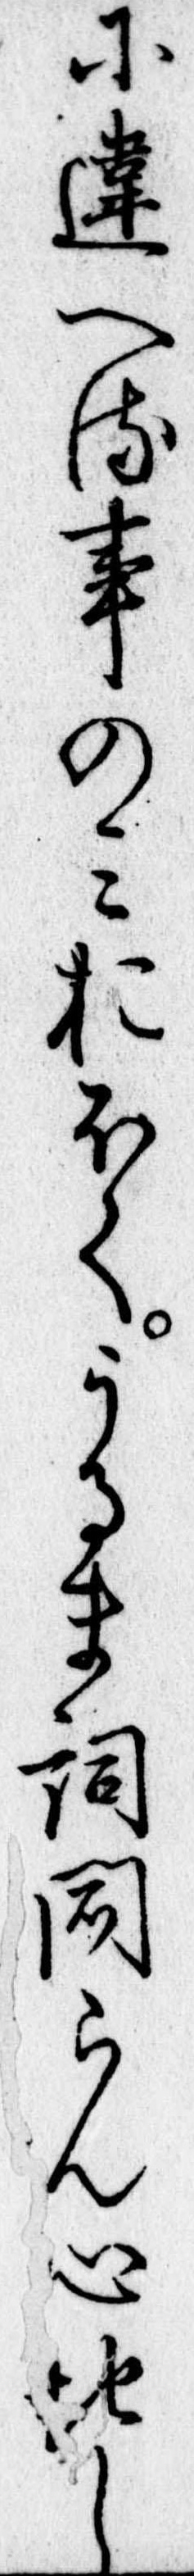
に違へる事のみおほくうるま詞聞らん心地し